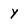
Character: y